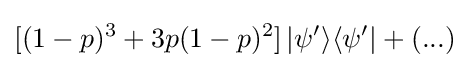
[(1-p)^{3}+3p(1-p)^{2}]\,\vert \psi '\rangle \langle \psi '\vert +(...)